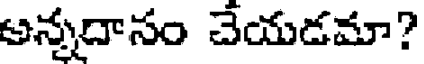
అన్నదాసం చేయడమా?